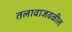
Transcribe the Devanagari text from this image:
तलावाजवळील